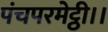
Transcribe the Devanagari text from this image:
पंचपरमेट्ठी।।